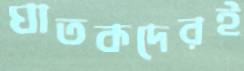
ঘাতকদেরই